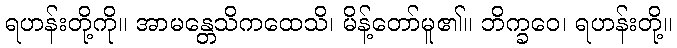
ရဟန်းတို့ကို။ အာမန္တေသိကထေသိ၊ မိန့်တော်မူ၏။ ဘိက္ခဝေ၊ ရဟန်းတို့။